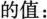
的值：